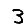
Digit: 3